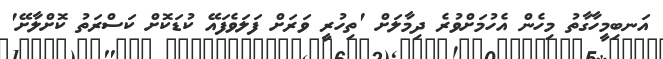
އަނބިމީހާގާތު މިހެން އެހުމަށްވުރެ ދިމާލަށް 'ތިހުރީ ވަރަށް ފަލަވެފައޭ ކުޑަކޮށް ކަސްރަތު ކޮށްލާށޭ'